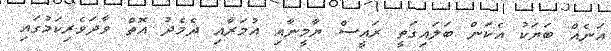
އަނެއް ބަޔަކު އެކަން ބަލައިގަތީ ރައީސް ޔާމީނާއި އުމަރާއި ދެމެދު އޮތް ވާދަވެރިކަމުގައި